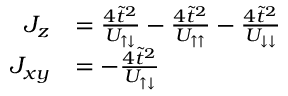
\begin{array} { r l } { J _ { z } } & { = \frac { 4 \tilde { t } ^ { 2 } } { U _ { \uparrow \downarrow } } - \frac { 4 \tilde { t } ^ { 2 } } { U _ { \uparrow \uparrow } } - \frac { 4 \tilde { t } ^ { 2 } } { U _ { \downarrow \downarrow } } } \\ { J _ { x y } } & { = - \frac { 4 \tilde { t } ^ { 2 } } { U _ { \uparrow \downarrow } } } \end{array}